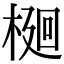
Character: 𭫎